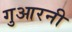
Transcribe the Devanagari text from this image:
गुआरनी